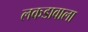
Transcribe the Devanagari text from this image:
लकडावाला